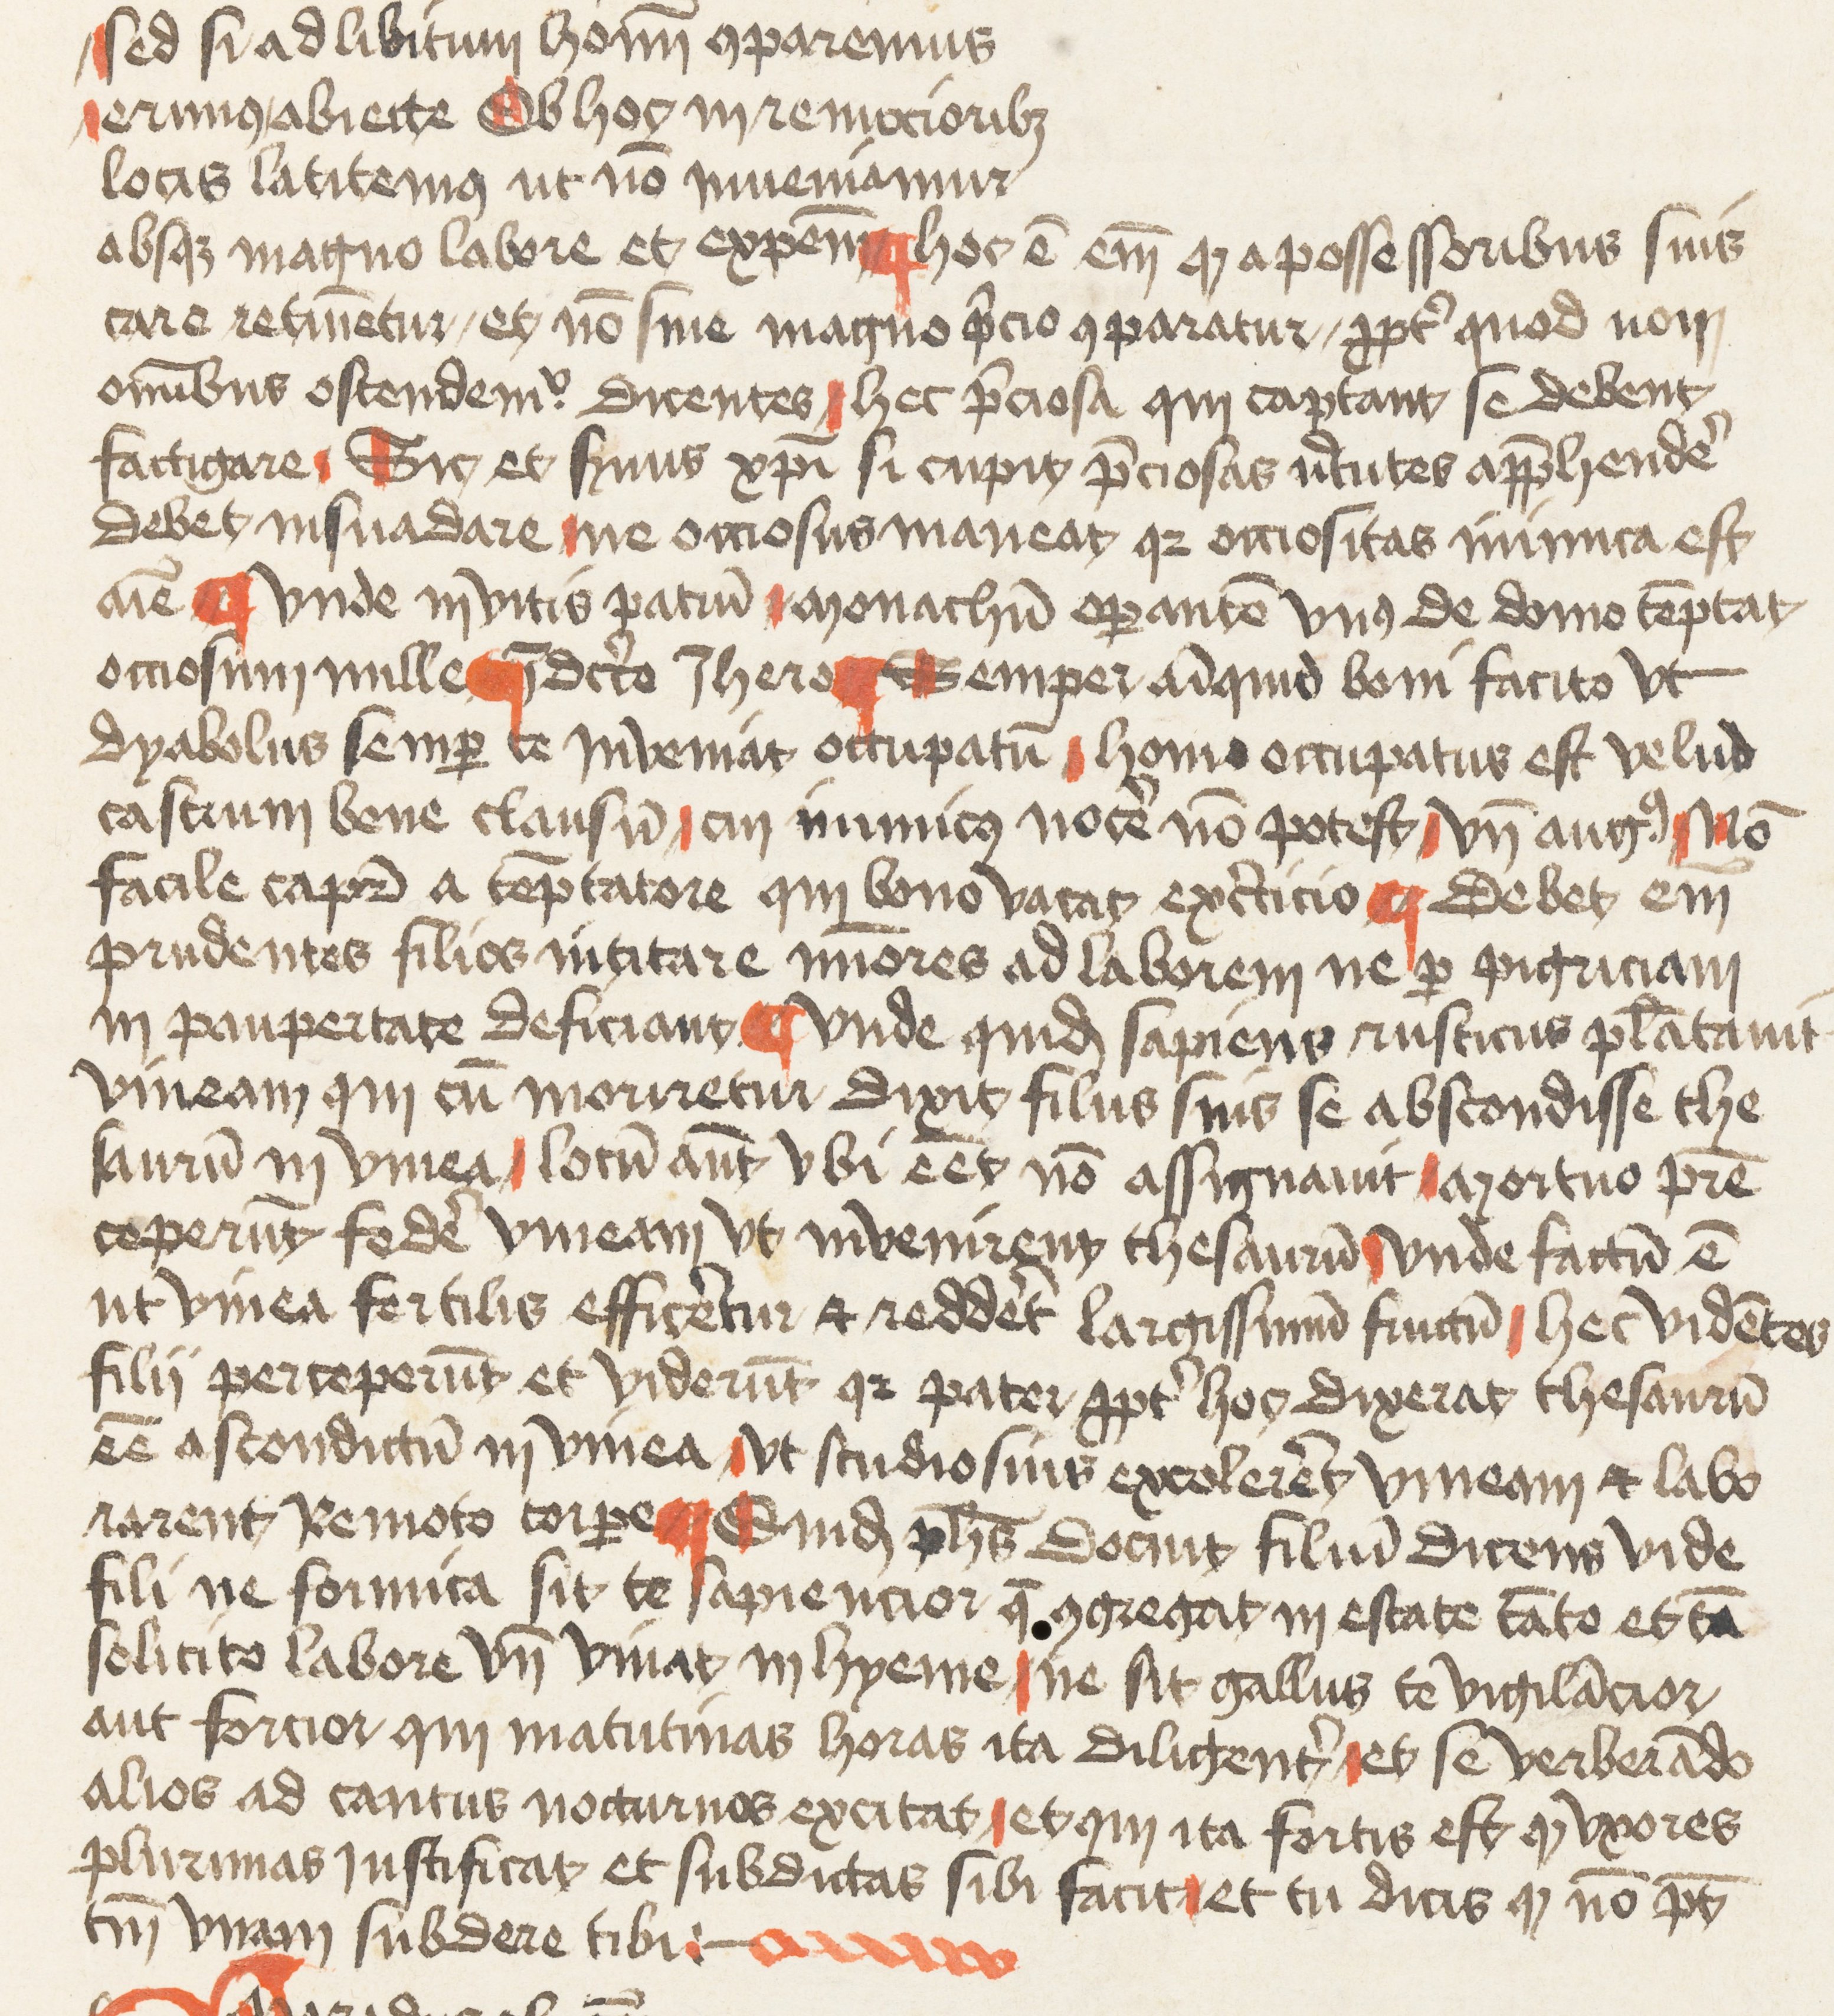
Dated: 1455–1455